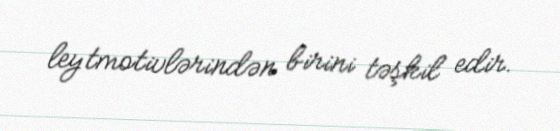
leytmotivlərindən birini təşkil edir.